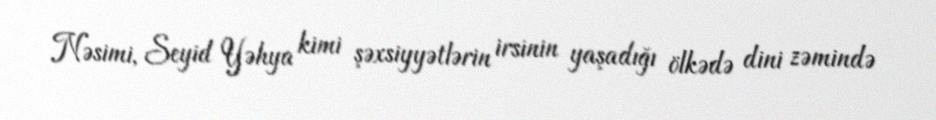
Nəsimi, Seyid Yəhya kimi şəxsiyyətlərin irsinin yaşadığı ölkədə dini zəmində